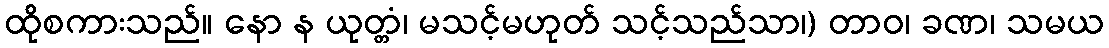
ထိုစကားသည်။ နော န ယုတ္တံ၊ မသင့်မဟုတ် သင့်သည်သာ၊) တာဝ၊ ခဏ၊ သမယ